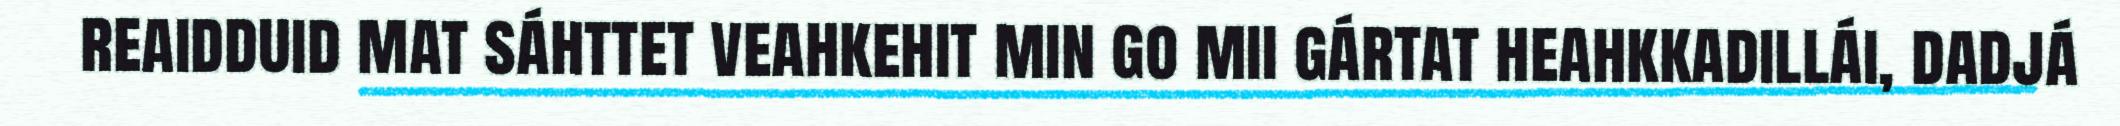
reaidduid mat sáhttet veahkehit min go mii gártat heahkkadillái, dadjá